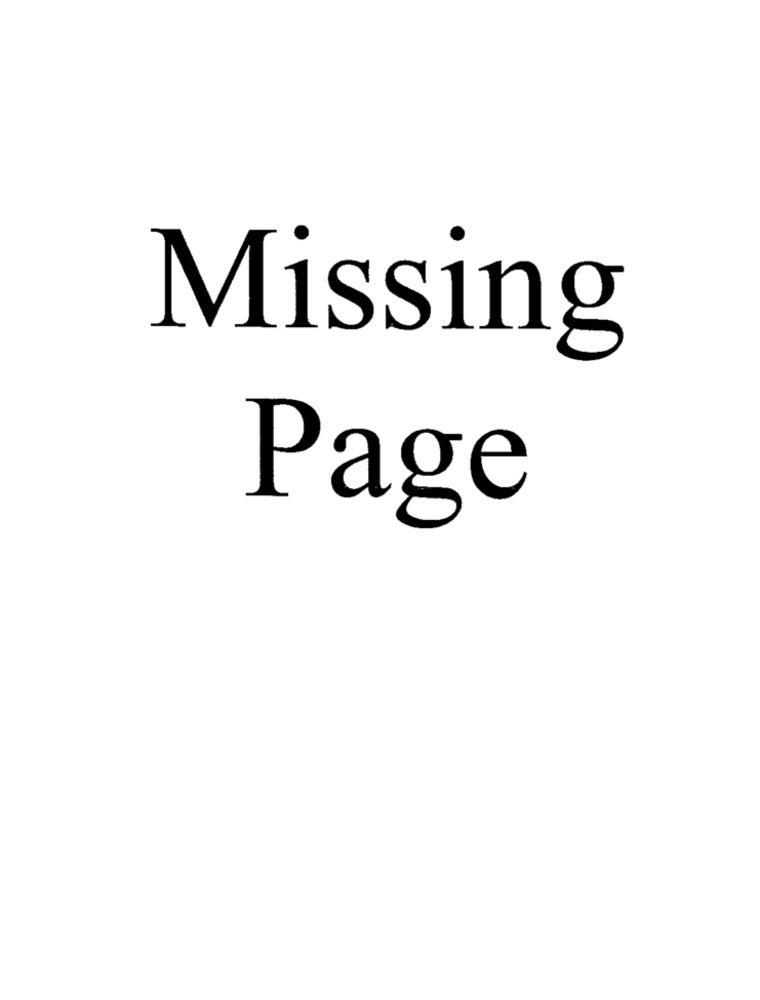
Missing
Page